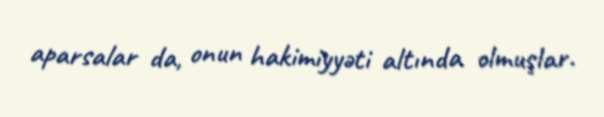
aparsalar da, onun hakimiyyəti altında olmuşlar.